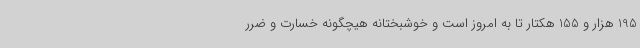
195 هزار و 155 هکتار تا به امروز است و خوشبختانه هیچگونه خسارت و ضرر